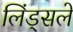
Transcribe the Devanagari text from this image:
लिंड्सले